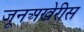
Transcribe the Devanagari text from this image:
जूनअखेरीस